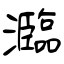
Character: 瀶